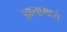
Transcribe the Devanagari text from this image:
ज्ञानामध्ये